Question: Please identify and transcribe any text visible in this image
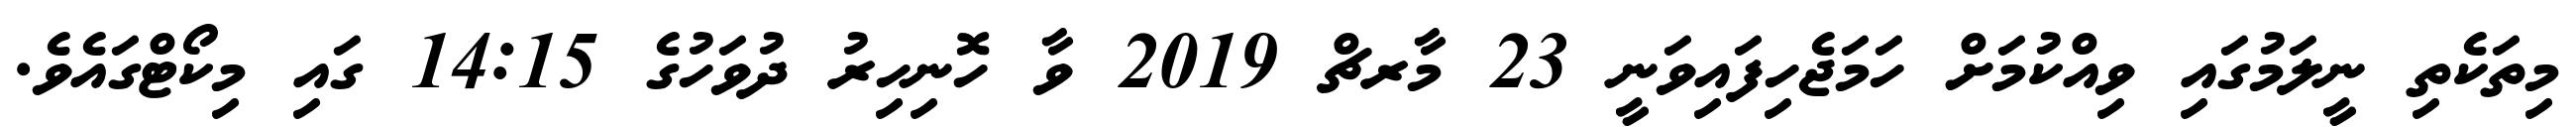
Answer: މިތަކެތި ނީލަމުގައި ވިއްކުމަށް ހަމަޖެހިފައިވަނީ 23 މާރޗް 2019 ވާ ހޮނިހިރު ދުވަހުގެ 14:15 ގައި މިކޯޓްގައެވެ.